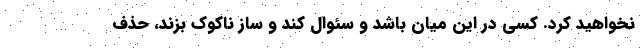
نخواهید کرد. کسی در این میان باشد و سئوال کند و ساز ناکوک بزند، حذف